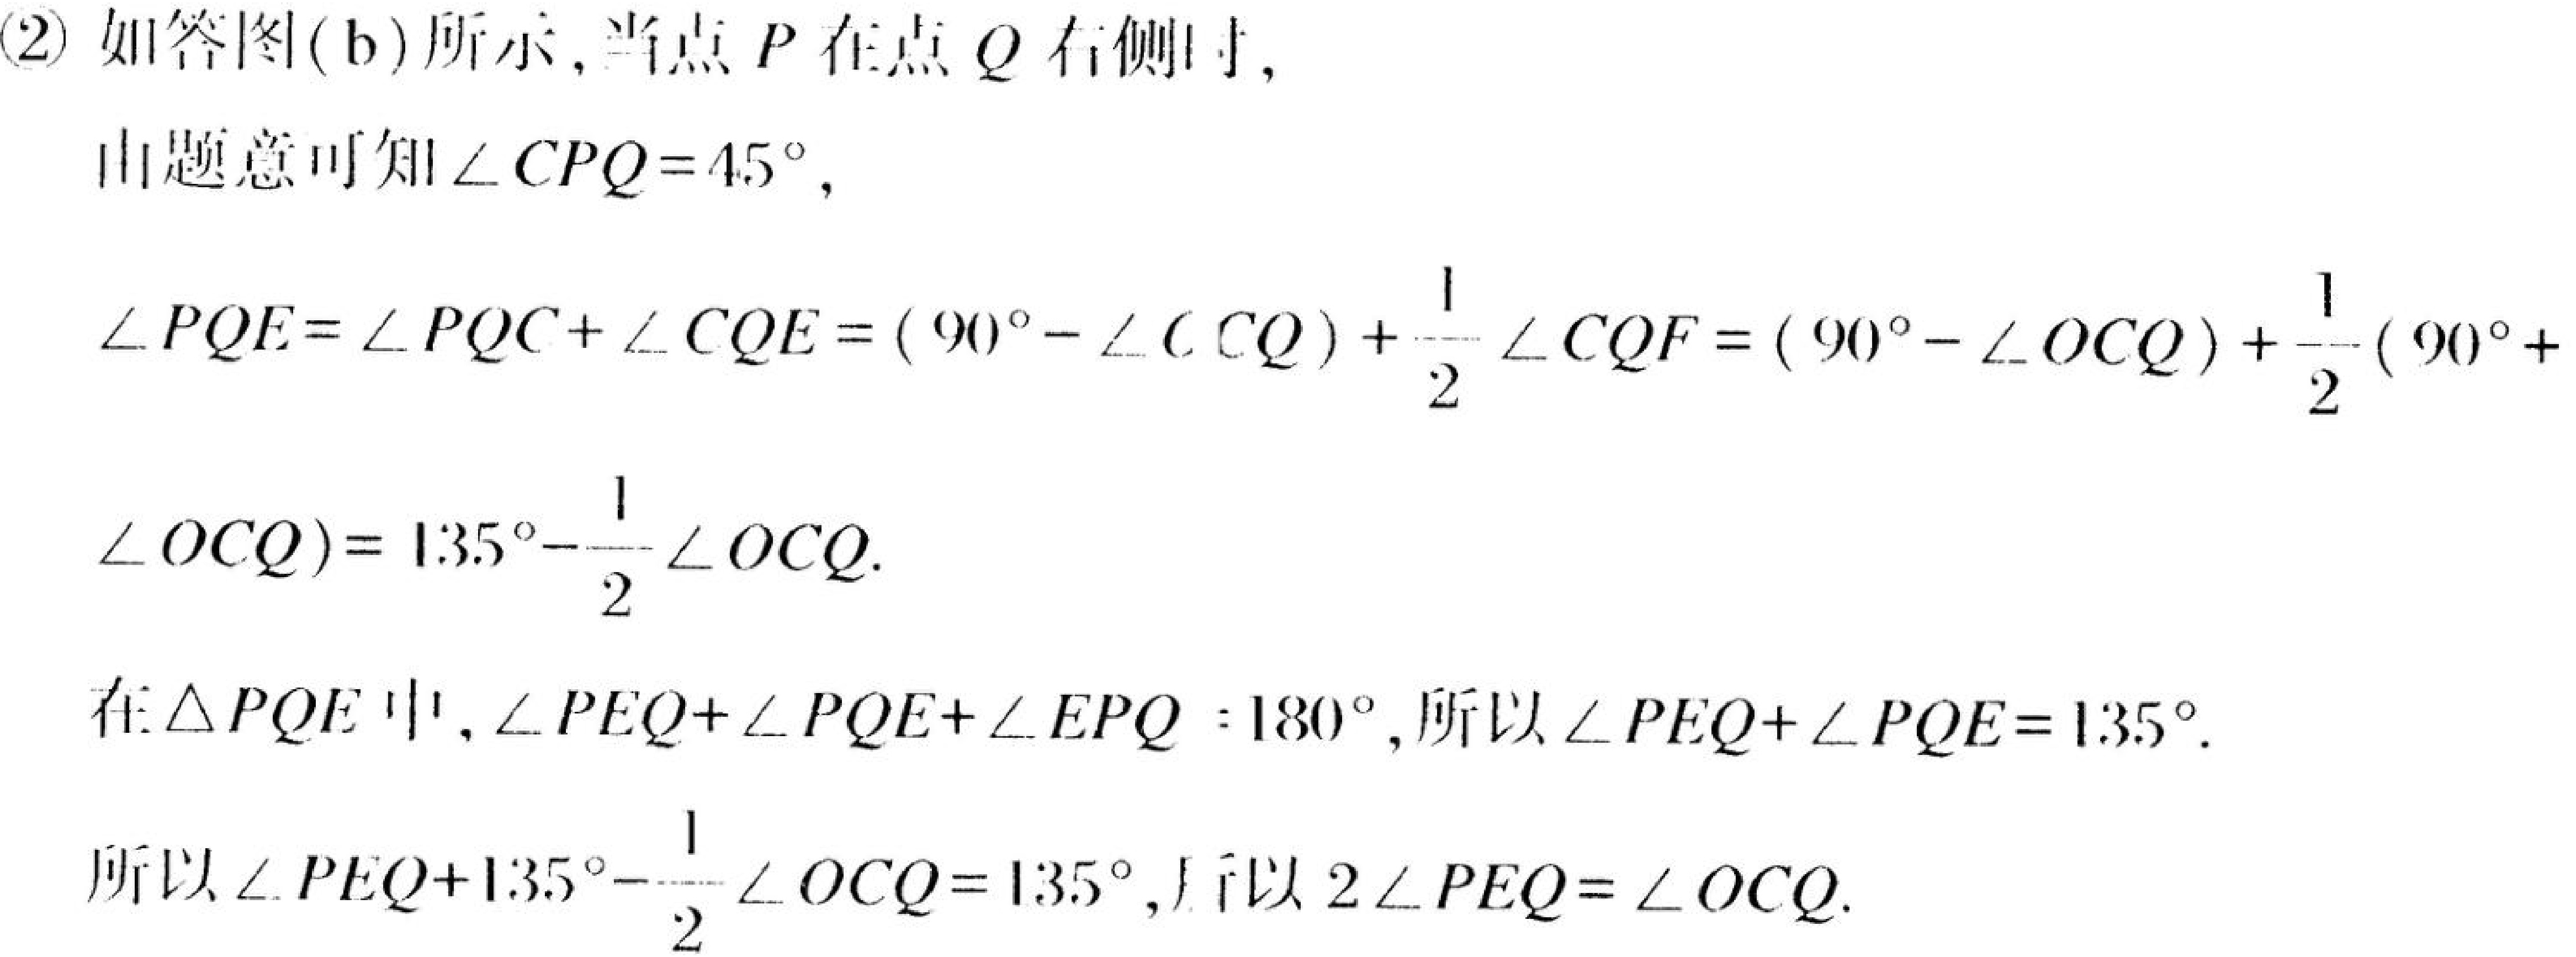
(2) 如答图(b)所示,当点 \(P\) 在点 \(Q\) 右侧时,
由题意可知\(\angle CPQ = 45^{\circ}\),
\(\angle PQE=\angle PQC+\angle CQE=(90^{\circ}-\angle OCQ)+\frac{1}{2}\angle CQF=(90^{\circ}-\angle OCQ)+\frac{1}{2}(90^{\circ}+\angle OCQ)=135^{\circ}-\frac{1}{2}\angle OCQ\).
在\(\triangle PQE\)中,\(\angle PEQ+\angle PQE+\angle EPQ = 180^{\circ}\),所以\(\angle PEQ+\angle PQE = 135^{\circ}\).
所以\(\angle PEQ + 135^{\circ}-\frac{1}{2}\angle OCQ=135^{\circ}\),所以\(2\angle PEQ=\angle OCQ\).